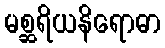
မစ္ဆရိယနိရောဓာ